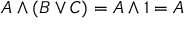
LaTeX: A \land ( B \lor C ) = A \land 1 = A